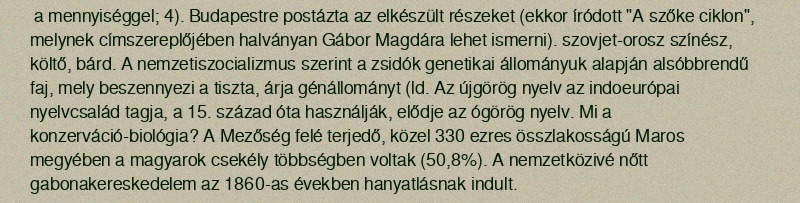
a mennyiséggel; 4). Budapestre postázta az elkészült részeket (ekkor íródott "A szőke ciklon", melynek címszereplőjében halványan Gábor Magdára lehet ismerni). szovjet-orosz színész, költő, bárd. A nemzetiszocializmus szerint a zsidók genetikai állományuk alapján alsóbbrendű faj, mely beszennyezi a tiszta, árja génállományt (ld. Az újgörög nyelv az indoeurópai nyelvcsalád tagja, a 15. század óta használják, elődje az ógörög nyelv. Mi a konzerváció-biológia? A Mezőség felé terjedő, közel 330 ezres összlakosságú Maros megyében a magyarok csekély többségben voltak (50,8%). A nemzetközivé nőtt gabonakereskedelem az 1860-as években hanyatlásnak indult.